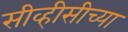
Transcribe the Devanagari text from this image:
सीव्हीसीच्या